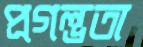
প্রগল্ভতা